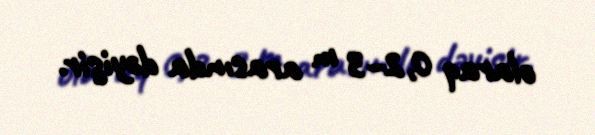
olaraq 0,2–3 m arasında dəyişir.